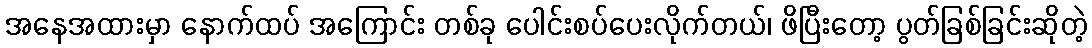
အနေအထားမှာ နောက်ထပ် အကြောင်း တစ်ခု ပေါင်းစပ်ပေးလိုက်တယ်၊ ဖိပြီးတော့ ပွတ်ခြစ်ခြင်းဆိုတဲ့